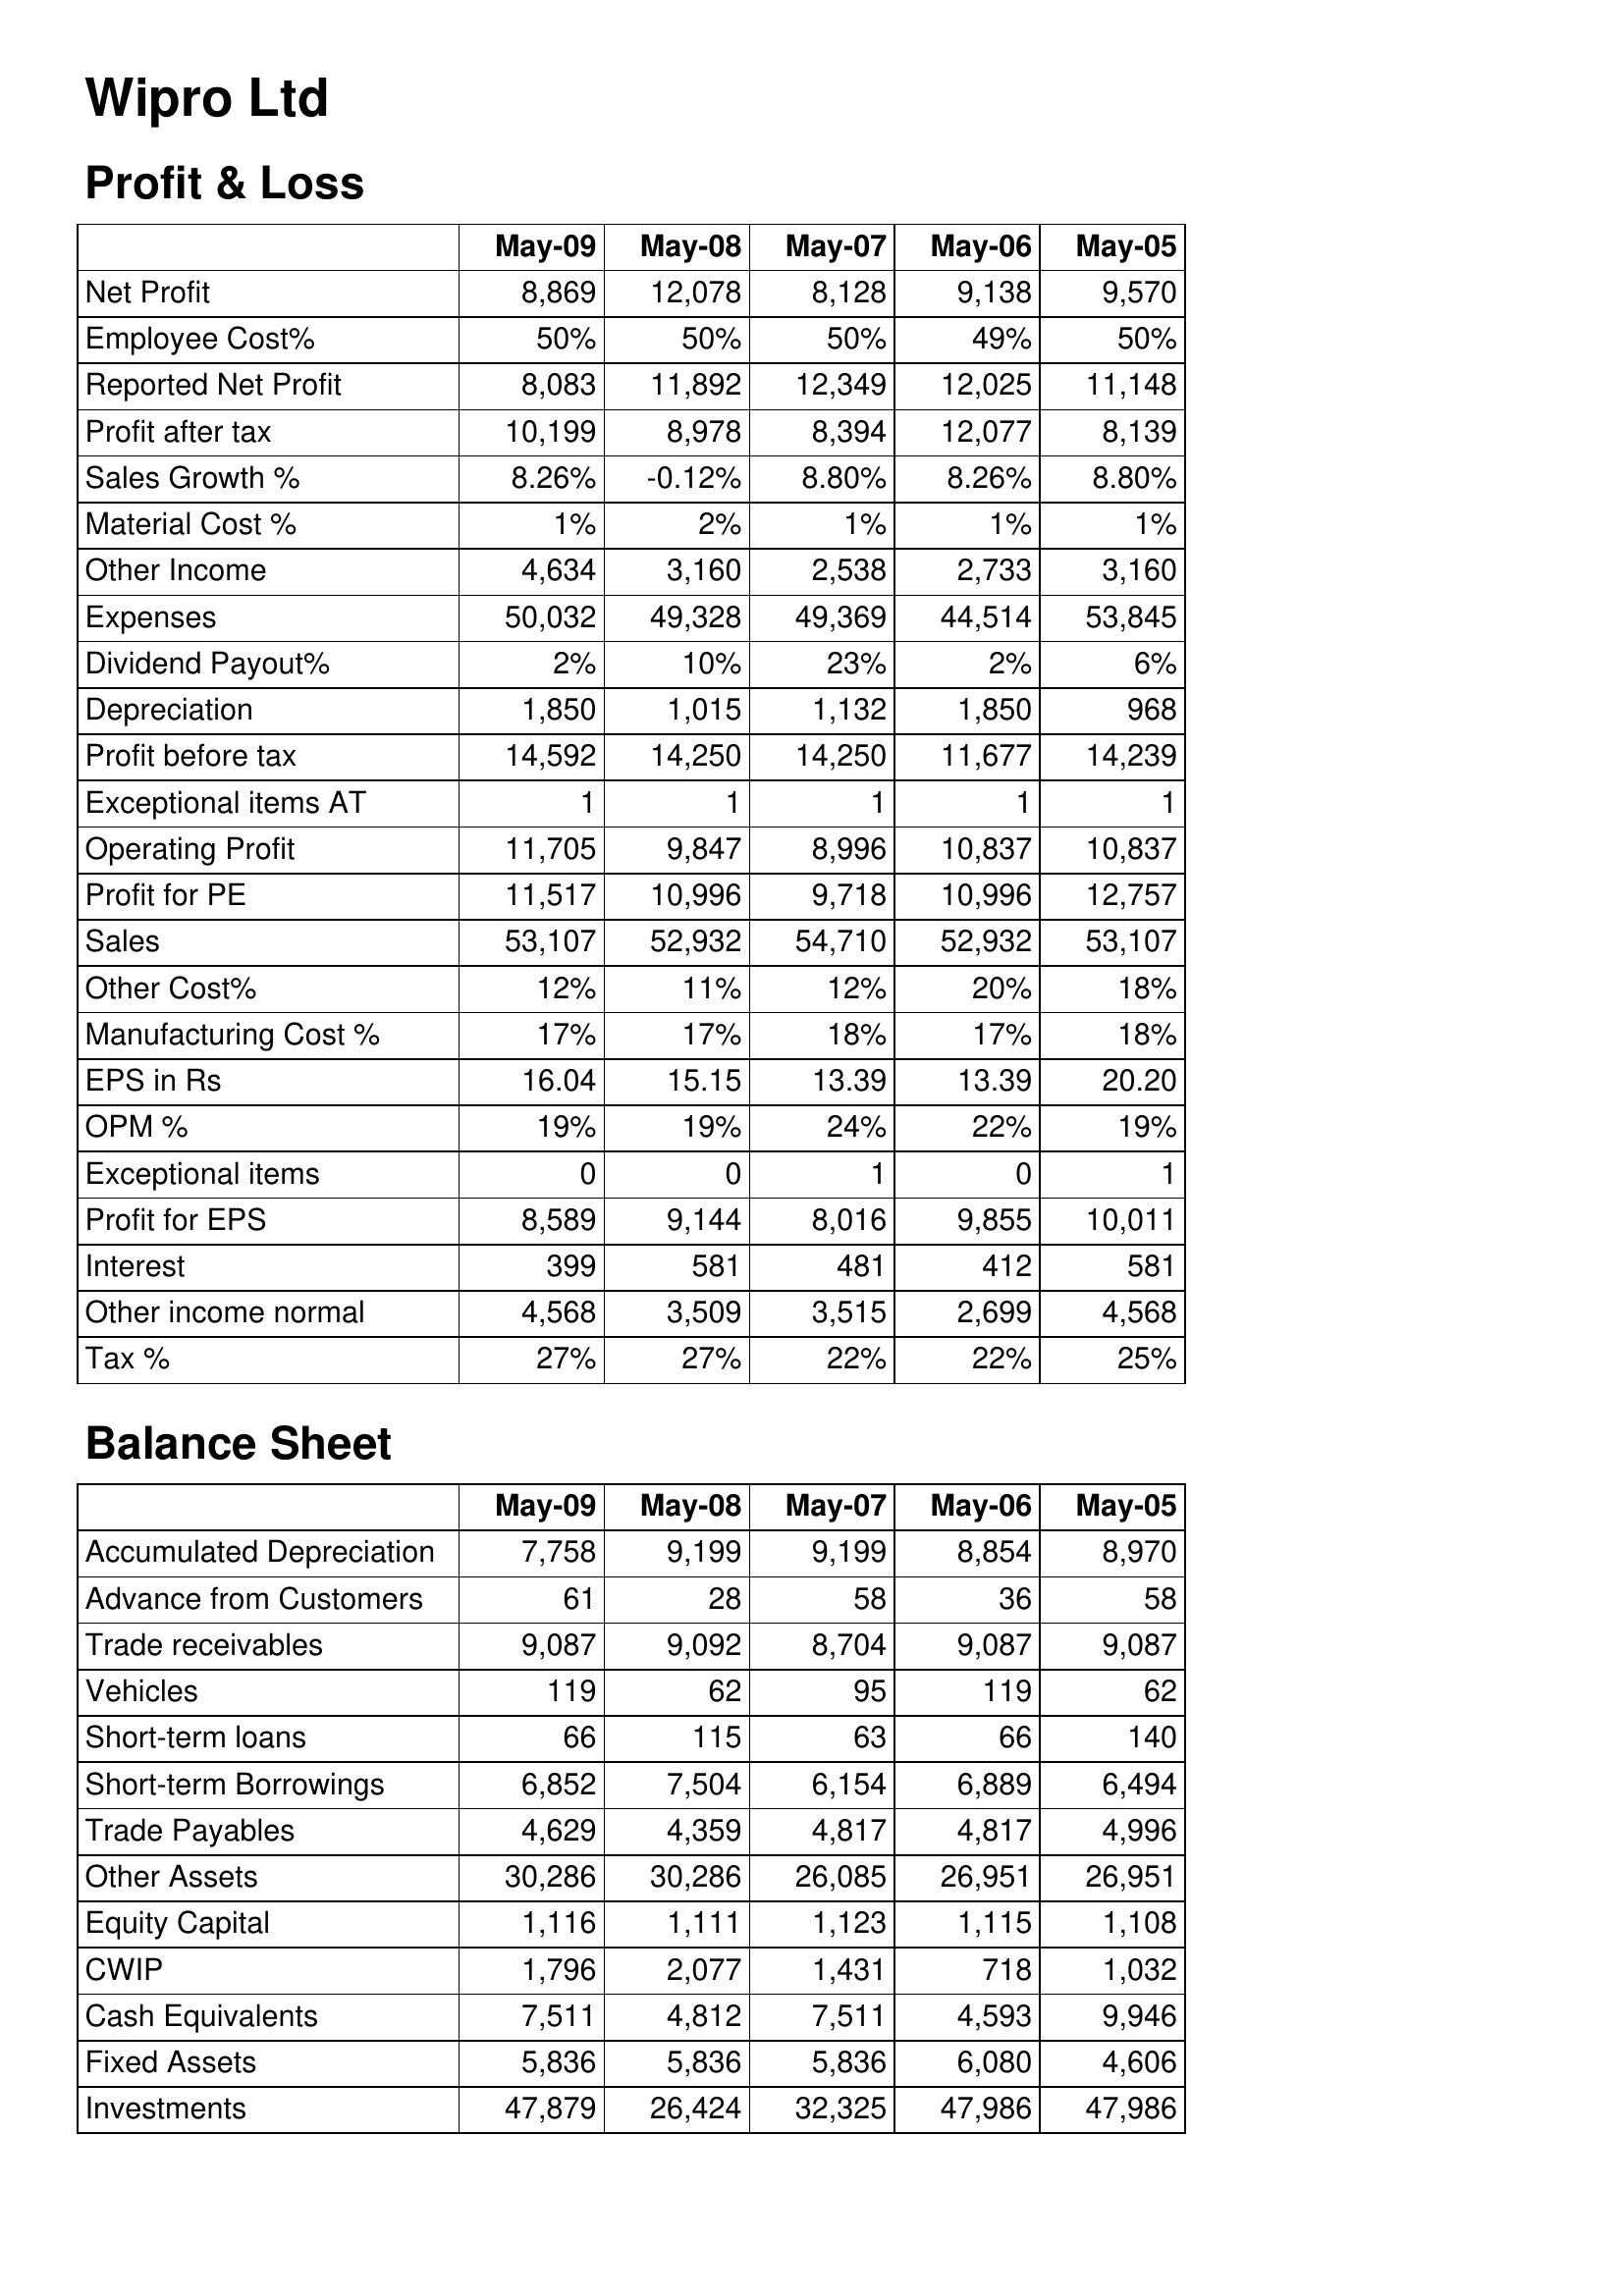
May-09: Profit & Loss: Net Profit: 8,869
Employee Cost%: 50%
Reported Net Profit: 8,083
Profit after tax: 10,199
Sales Growth %: 8.26%
Material Cost %: 1%
Other Income: 4,634
Expenses: 50,032
Dividend Payout%: 2%
Depreciation: 1,850
Profit before tax: 14,592
Exceptional items AT: 1
Operating Profit: 11,705
Profit for PE: 11,517
Sales: 53,107
Other Cost%: 12%
Manufacturing Cost %: 17%
EPS in Rs: 16.04
OPM %: 19%
Exceptional items: 0
Profit for EPS: 8,589
Interest: 399
Other income normal: 4,568
Tax %: 27%
Balance Sheet: Accumulated Depreciation: 7,758
Advance from Customers: 61
Trade receivables: 9,087
Vehicles: 119
Short-term loans: 66
Short-term Borrowings: 6,852
Trade Payables: 4,629
Other Assets: 30,286
Equity Capital: 1,116
CWIP: 1,796
Cash Equivalents: 7,511
Fixed Assets: 5,836
Investments: 47,879
May-08: Profit & Loss: Net Profit: 12,078
Employee Cost%: 50%
Reported Net Profit: 11,892
Profit after tax: 8,978
Sales Growth %: -0.12%
Material Cost %: 2%
Other Income: 3,160
Expenses: 49,328
Dividend Payout%: 10%
Depreciation: 1,015
Profit before tax: 14,250
Exceptional items AT: 1
Operating Profit: 9,847
Profit for PE: 10,996
Sales: 52,932
Other Cost%: 11%
Manufacturing Cost %: 17%
EPS in Rs: 15.15
OPM %: 19%
Exceptional items: 0
Profit for EPS: 9,144
Interest: 581
Other income normal: 3,509
Tax %: 27%
Balance Sheet: Accumulated Depreciation: 9,199
Advance from Customers: 28
Trade receivables: 9,092
Vehicles: 62
Short-term loans: 115
Short-term Borrowings: 7,504
Trade Payables: 4,359
Other Assets: 30,286
Equity Capital: 1,111
CWIP: 2,077
Cash Equivalents: 4,812
Fixed Assets: 5,836
Investments: 26,424
May-07: Profit & Loss: Net Profit: 8,128
Employee Cost%: 50%
Reported Net Profit: 12,349
Profit after tax: 8,394
Sales Growth %: 8.80%
Material Cost %: 1%
Other Income: 2,538
Expenses: 49,369
Dividend Payout%: 23%
Depreciation: 1,132
Profit before tax: 14,250
Exceptional items AT: 1
Operating Profit: 8,996
Profit for PE: 9,718
Sales: 54,710
Other Cost%: 12%
Manufacturing Cost %: 18%
EPS in Rs: 13.39
OPM %: 24%
Exceptional items: 1
Profit for EPS: 8,016
Interest: 481
Other income normal: 3,515
Tax %: 22%
Balance Sheet: Accumulated Depreciation: 9,199
Advance from Customers: 58
Trade receivables: 8,704
Vehicles: 95
Short-term loans: 63
Short-term Borrowings: 6,154
Trade Payables: 4,817
Other Assets: 26,085
Equity Capital: 1,123
CWIP: 1,431
Cash Equivalents: 7,511
Fixed Assets: 5,836
Investments: 32,325
May-06: Profit & Loss: Net Profit: 9,138
Employee Cost%: 49%
Reported Net Profit: 12,025
Profit after tax: 12,077
Sales Growth %: 8.26%
Material Cost %: 1%
Other Income: 2,733
Expenses: 44,514
Dividend Payout%: 2%
Depreciation: 1,850
Profit before tax: 11,677
Exceptional items AT: 1
Operating Profit: 10,837
Profit for PE: 10,996
Sales: 52,932
Other Cost%: 20%
Manufacturing Cost %: 17%
EPS in Rs: 13.39
OPM %: 22%
Exceptional items: 0
Profit for EPS: 9,855
Interest: 412
Other income normal: 2,699
Tax %: 22%
Balance Sheet: Accumulated Depreciation: 8,854
Advance from Customers: 36
Trade receivables: 9,087
Vehicles: 119
Short-term loans: 66
Short-term Borrowings: 6,889
Trade Payables: 4,817
Other Assets: 26,951
Equity Capital: 1,115
CWIP: 718
Cash Equivalents: 4,593
Fixed Assets: 6,080
Investments: 47,986
May-05: Profit & Loss: Net Profit: 9,570
Employee Cost%: 50%
Reported Net Profit: 11,148
Profit after tax: 8,139
Sales Growth %: 8.80%
Material Cost %: 1%
Other Income: 3,160
Expenses: 53,845
Dividend Payout%: 6%
Depreciation: 968
Profit before tax: 14,239
Exceptional items AT: 1
Operating Profit: 10,837
Profit for PE: 12,757
Sales: 53,107
Other Cost%: 18%
Manufacturing Cost %: 18%
EPS in Rs: 20.20
OPM %: 19%
Exceptional items: 1
Profit for EPS: 10,011
Interest: 581
Other income normal: 4,568
Tax %: 25%
Balance Sheet: Accumulated Depreciation: 8,970
Advance from Customers: 58
Trade receivables: 9,087
Vehicles: 62
Short-term loans: 140
Short-term Borrowings: 6,494
Trade Payables: 4,996
Other Assets: 26,951
Equity Capital: 1,108
CWIP: 1,032
Cash Equivalents: 9,946
Fixed Assets: 4,606
Investments: 47,986